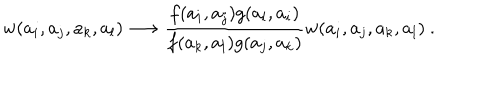
w ( a _ { i } , a _ { j } , a _ { k } , a _ { l } ) \longrightarrow \frac { f ( a _ { i } , a _ { j } ) g ( a _ { l } , a _ { i } ) } { f ( a _ { k } , a _ { l } ) g ( a _ { j } , a _ { k } ) } w ( a _ { i } , a _ { j } , a _ { k } , a _ { l } ) ~ .